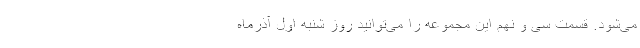
می‌شود. قسمت سی و نهم این مجموعه را می‌توانید روز ‌شنبه اول آذرماه